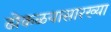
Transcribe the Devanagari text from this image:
ढोकळयासारख्या